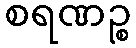
စရဏဉ္စ